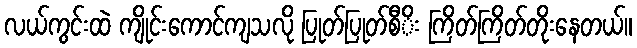
လယ်ကွင်းထဲ ကျိုင်းကောင်ကျသလို ပြုတ်ပြုတ်စီိး ကြိတ်ကြိတ်တိုးနေတယ်။